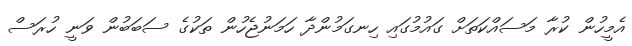
އެމީހުން ކުރާ މަސައްކަތަށް ގައުމުގައި ހިނގަމުންދާ ހަމަނުޖެހުން ތަކުގެ ސަބަބުން ވަނީ ހުރަސް